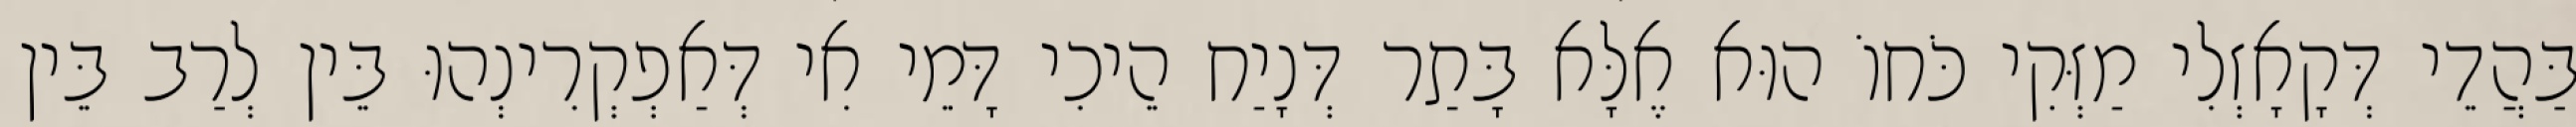
בַּהֲדֵי דְּקָאָזְלִי מַזְּקִי כֹּחוֹ הוּא אֶלָּא בָּתַר דְּנָיַח הֵיכִי דָּמֵי אִי דְּאַפְקְרִינְהוּ בֵּין לְרַב בֵּין